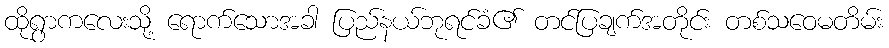
ထိုရွာကလေးသို့ ရောက်သောအခါ ပြည်နယ်ဘုရင်ခံ၏ တင်ပြချက်အတိုင်း တစ်သဝေမတိမ်း